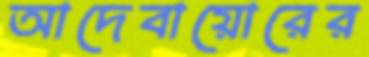
আদেবায়োরের